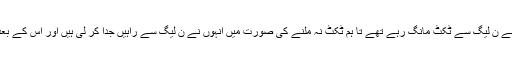
تفصیلات کے مطابق آزاد امیدوار عاصم نذیر این اے 105 سے ن لیگ سے ٹکٹ مانگ رہے تھے تا ہم ٹکٹ نہ ملنے کی صورت میں انہوں نے ن لیگ سے راہیں جدا کر لی ہیں اور اس کے بعد ن لیگ کے ناراض رہنما چوہدری نثار سے رابطہ کیا ہے ۔